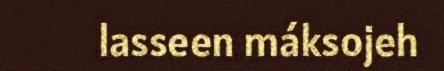
lasseen máksojeh